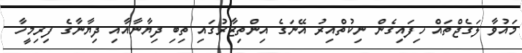
މައުވާ ލަގެޖްތައް ހިފައިގެން ނިކުތްއިރު އޭނަގެ އިންތިޒާރުގައި ތިބި ދިޔާނާއާއި ދިޔާނާގެ ފިރިމީހާ